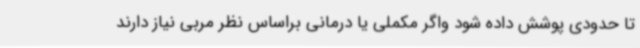
تا حدودی پوشش داده شود واگر مکملی یا درمانی براساس نظر مربی نیاز دارند